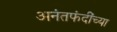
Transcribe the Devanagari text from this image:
अनंतफंदींच्या